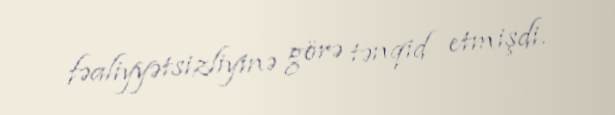
fəaliyyətsizliyinə görə tənqid etmişdi.